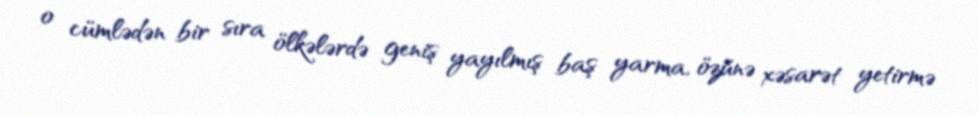
o cümlədən bir sıra ölkələrdə geniş yayılmış baş yarma, özünə xəsarət yetirmə